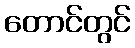
တောင်တွင်